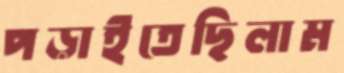
পড়াইতেছিলাম